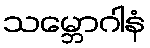
သမ္ဘောဂါနံ